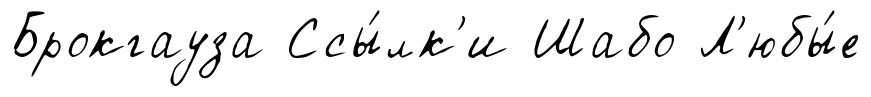
Брокгауза Ссы́лк'и Шабо Л'юбы́е